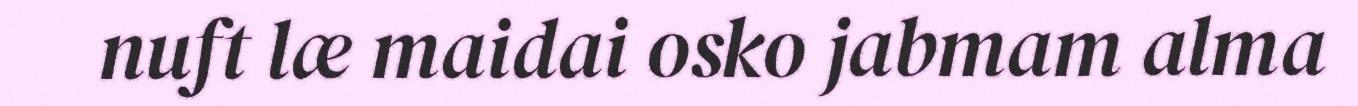
nuft læ maidai osko jabmam alma